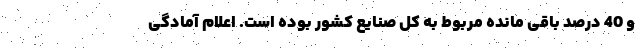
و 40 درصد باقی مانده مربوط به کل صنایع کشور بوده است. اعلام آمادگی